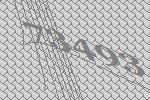
73493